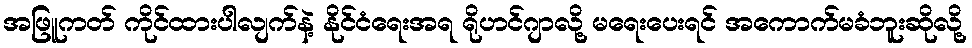
အဖြူကတ် ကိုင်ထားပါလျက်နဲ့ နိုင်ငံရေးအရ ရိုဟင်ဂျာလို့ မရေးပေးရင် အကောက်မခံဘူးဆိုလို့